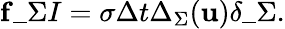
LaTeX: \mathbf{f}\_ {\Sigma I}=\sigma\Delta t\Delta_{\Sigma}(\mathbf{u})\delta\_ \Sigma.